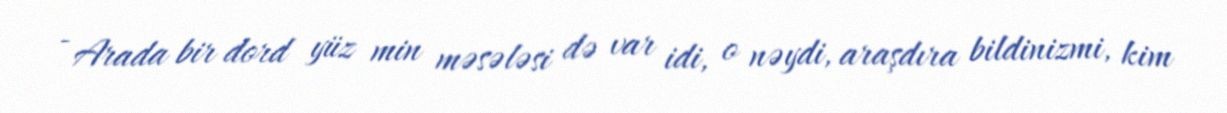
- Arada bir dord yüz min məsələsi də var idi, o nəydi, araşdıra bildinizmi, kim